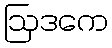
ဩဒကေ